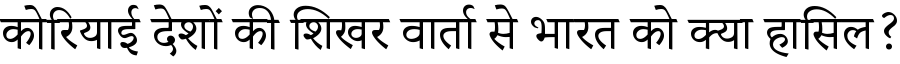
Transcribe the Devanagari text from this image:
कोरियाई देशों की शिखर वार्ता से भारत को क्या हासिल?